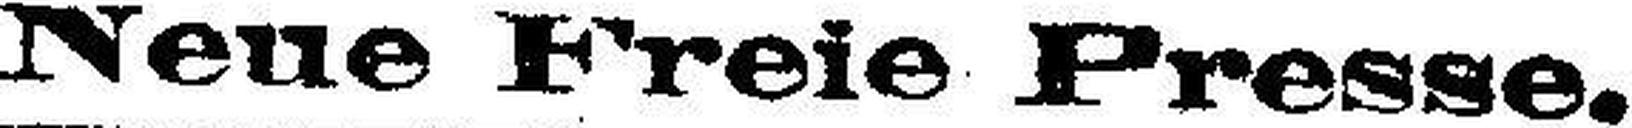
Neue Freie Presse.